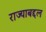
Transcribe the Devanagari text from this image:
राज्याबद्दल